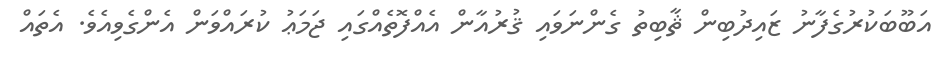
އަބޫބަކުރުގެފާނު ޒައިދުބިން ޘާބިތު ގެންނަވައި ޤުރުއާން އެއްފޮތެއްގައި ޖަމަޢު ކުރައްވަން އެންގެވިއެވެ. އެތައް